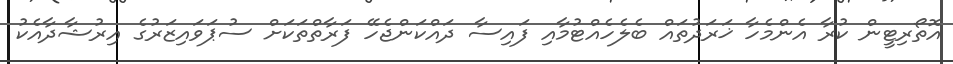
އޮތޯރިޓީން ކުރާ އެންމެހާ ޚަރަދުތައް ބެލެހެއްޓުމާއި ފައިސާ ދައްކަންޖެހޭ ފަރާތްތަކަށް ސުޕަވައިޒަރުގެ އިރުޝާދާއެކު